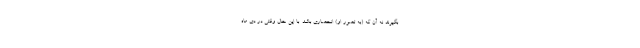
بگیرند نه آن که (به تصور او) انحصاری باشد. با این حال وقتی در دی ماه